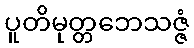
ပူတိမုတ္တဘေသဇ္ဇံ